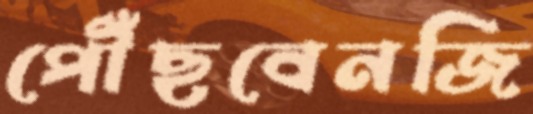
পৌঁছবেনজি